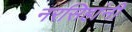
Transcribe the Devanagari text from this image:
नरसिहांनी